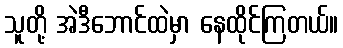
သူတို့ အဲဒီဘောင်ထဲမှာ နေထိုင်ကြတယ်။